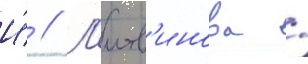
И́ // Л'итв'инова /